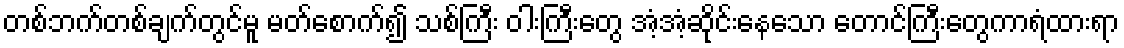
တစ်ဘက်တစ်ချက်တွင်မူ မတ်စောက်၍ သစ်ကြီး ဝါးကြီးတွေ အံ့အံ့ဆိုင်းနေသော တောင်ကြီးတွေကာရံထားရာ